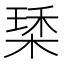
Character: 𣕰